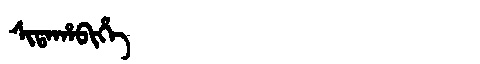
Manchu: ᠰᡳᡨᠠᡥᠠᠪᡳᡥᡝ
Romanization: SITAHABIHE